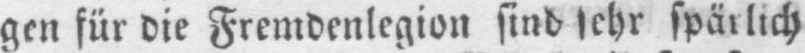
gen für die Fremdenlegion sind sehr spärlich